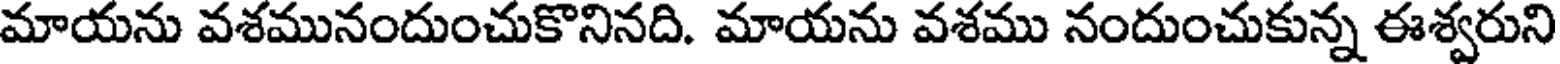
మాయను వశమునందుంచుకొనినది. మాయను వశము నందుంచుకున్న ఈశ్వరుని